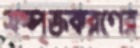
সম্পৃক্তকরণের